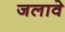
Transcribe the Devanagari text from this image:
जलावे